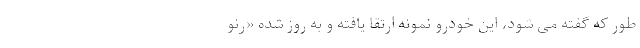
طور که گفته می شود، این خودرو نمونه ارتقا یافته و به روز شده «رنو